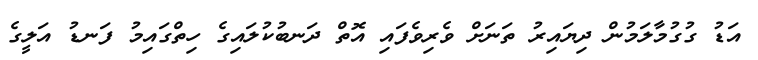
އަޑު ގުގުމާލަމުން ދިޔައިރު ތަނަށް ވެރިވެފައި އޮތް ދަނބުކުލައިގެ ހިތްގައިމު ފަނޑު އަލީގެ